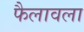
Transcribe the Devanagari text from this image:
फैलावला